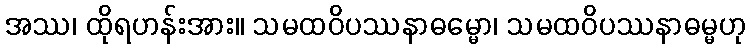
အဿ၊ ထိုရဟန်းအား။ သမထဝိပဿနာဓမ္မော၊ သမထဝိပဿနာဓမ္မဟု